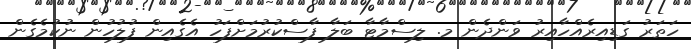
ހަތަރު ގަޑިއިރެއްހާއިރު ވަންދެން މ. ލިސްމާޓާ ބަލާ ފާސްކުރުމަށްފަހު އެގެއިން ފުލުހުން ނުކުމެގެން